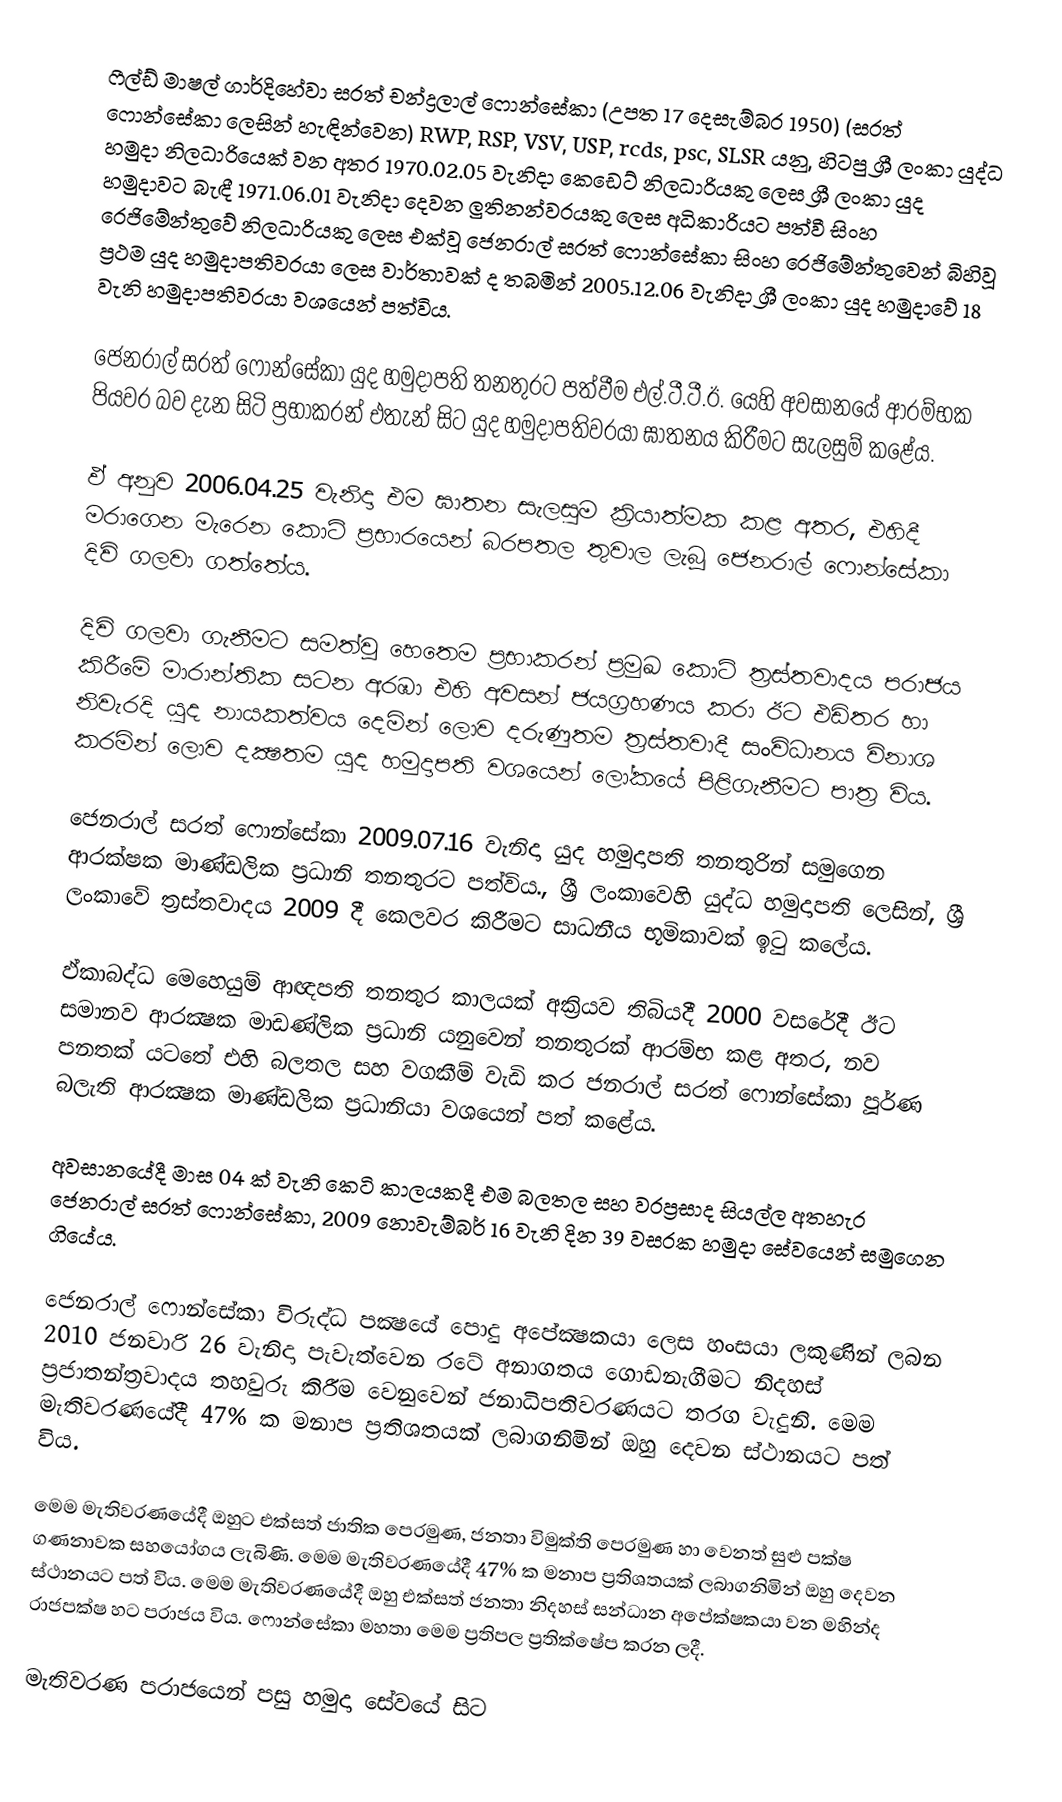
ෆීල්ඩ් මාෂල් ගාර්දිහේවා  සරත්  චන්ද්‍රලාල්  ෆොන්සේකා (උපත 17 දෙසැම්බර 1950)  (සරත් ෆොන්සේකා ලෙසින් හැඳින්වෙන) RWP, RSP, VSV, USP, rcds, psc, SLSR යනු, හිටපු ශ්‍රී ලංකා යුද්ධ හමුදා නිලධාරියෙක් වන අතර 1970.02.05 වැනිදා කෙඩෙට්‌ නිලධාරියකු ලෙස ශ්‍රී ලංකා යුද හමුදාවට බැඳී 1971.06.01 වැනිදා දෙවන ලුතිනන්වරයකු ලෙස අධිකාරියට පත්වී සිංහ රෙජිමේන්තුවේ නිලධාරියකු ලෙස එක්‌වූ ජෙනරාල් සරත් ෆොන්සේකා සිංහ රෙජිමේන්තුවෙන් බිහිවූ ප්‍රථම යුද හමුදාපතිවරයා ලෙස වාර්තාවක්‌ ද තබමින් 2005.12.06 වැනිදා ශ්‍රී ලංකා යුද හමුදාවේ 18 වැනි හමුදාපතිවරයා වශයෙන් පත්විය.

ජෙනරාල් සරත් ෆොන්සේකා යුද හමුදාපති තනතුරට පත්වීම එල්.ටී.ටී.ඊ. යෙහි අවසානයේ ආරම්භක පියවර බව දැන සිටි ප්‍රභාකරන් එතැන් සිට යුද හමුදාපතිවරයා ඝාතනය කිරීමට සැලසුම් කළේය.

ඵ් අනුව 2006.04.25 වැනිදා එම ඝාතන සැලසුම ක්‍රියාත්මක කළ අතර, එහිදී මරාගෙන මැරෙන කොටි ප්‍රභාරයෙන් බරපතල තුවාල ලැබූ ජෙනරාල් ෆොන්සේකා දිවි ගලවා ගත්තේය.

දිවි ගලවා ගැනීමට සමත්වූ හෙතෙම ප්‍රභාකරන් ප්‍රමුඛ කොටි ත්‍රස්‌තවාදය පරාජය කිරීමේ මාරාන්තික සටන අරඹා එහි අවසන් ජයග්‍රහණය කරා ඊට එඩිතර හා නිවැරදි යුද නායකත්වය දෙමින් ලොව දරුණුතම ත්‍රස්‌තවාදී සංවිධානය විනාශ කරමින් ලොව දක්‍ෂතම යුද හමුදාපති වශයෙන් ලෝකයේ පිළිගැනීමට පාත්‍ර විය.

ජෙනරාල් සරත් ෆොන්සේකා 2009.07.16 වැනිදා යුද හමුදාපති තනතුරින් සමුගෙන  ආරක්ෂක මාණ්ඩලික ප්‍රධානි තනතුරට පත්විය., ශ්‍රී ලංකාවෙහි යුද්ධ හමුදාපති ලෙසින්, ශ්‍රී ලංකාවේ ත්‍රස්තවාදය 2009 දී කෙලවර කිරීමට සාධනීය භූමිකාවක් ඉටු කලේය.

ඵ්කාබද්ධ මෙහෙයුම් ආඥපති තනතුර කාලයක්‌ අක්‍රියව තිබියදී 2000 වසරේදී ඊට සමානව ආරක්‍ෂක මාඩණ්‌ලික ප්‍රධානි යනුවෙන් තනතුරක්‌ ආරම්භ කළ අතර, නව පනතක්‌ යටතේ එහි බලතල සහ වගකීම් වැඩි කර ජනරාල් සරත් ෆොන්සේකා පූර්ණ බලැති ආරක්‍ෂක මාණ්‌ඩලික ප්‍රධානියා වශයෙන් පත් කළේය.

අවසානයේදී මාස 04 ක්‌ වැනි කෙටි කාලයකදී එම බලතල සහ වරප්‍රසාද සියල්ල අතහැර ජෙනරාල් සරත් ෆොන්සේකා, 2009 නොවැම්බර් 16 වැනි දින 39 වසරක හමුදා සේවයෙන් සමුගෙන ගියේය.

ජෙනරාල් ෆොන්සේකා විරුද්ධ පක්‍ෂයේ පොදු අපේක්‍ෂකයා ලෙස හංසයා ලකුණින් ලබන 2010 ජනවාරි 26 වැනිදා පැවැත්වෙන රටේ අනාගතය ගොඩනැගීමට නිදහස්‌ ප්‍රජාතන්ත්‍රවාදය තහවුරු කිරීම වෙනුවෙන් ජනාධිපතිවරණයට තරග වැදුනි.  මෙම මැතිවරණයේදී 47% ක මනාප ප්‍රතිශතයක් ලබාගනිමින් ඔහු දෙවන ස්ථානයට පත් විය.

මෙම මැතිවරණයේදී ඔහුට එක්සත් ජාතික පෙරමුණ, ජනතා විමුක්ති පෙරමුණ හා වෙනත් සුළු පක්ෂ ගණනාවක සහයෝගය ලැබිණි.   මෙම මැතිවරණයේදී 47% ක මනාප ප්‍රතිශතයක් ලබාගනිමින් ඔහු දෙවන ස්ථානයට පත් විය. මෙම මැතිවරණයේදී ඔහු එක්සත් ජනතා නිදහස් සන්ධාන​ අපේක්ෂකයා වන මහින්ද රාජපක්ෂ හට පරාජය විය. ෆොන්සේකා මහතා මෙම ප්‍රතිපල ප්‍රතික්ෂේප කරන ලදී.

මැතිවරණ පරාජයෙන් පසු හමුදා සේවයේ සිට